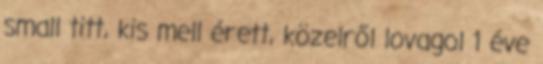
small titt, kis mell érett, közelről lovagol 1 éve